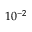
1 0 ^ { - 2 }